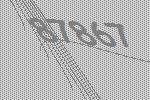
87867